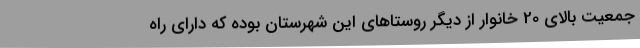
جمعیت بالای 20 خانوار از دیگر روستاهای این شهرستان بوده که دارای راه